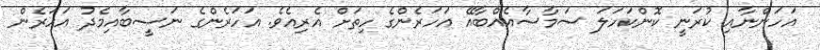
އަހަންނާއި ކުރަނީ ކޮންކަހަލަ ސަމާސާއެއްބާއޭ އަހަރެންގެ ހިތަށް އެރިއެވެ. އަހަރެންގެ ނަސީބާއިމެދު އަހަރެން